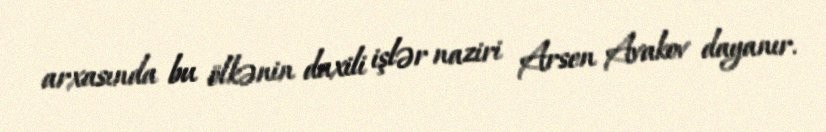
arxasında bu ölkənin daxili işlər naziri Arsen Avakov dayanır.